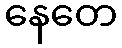
နေတေ